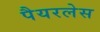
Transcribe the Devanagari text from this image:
पैयरलेस